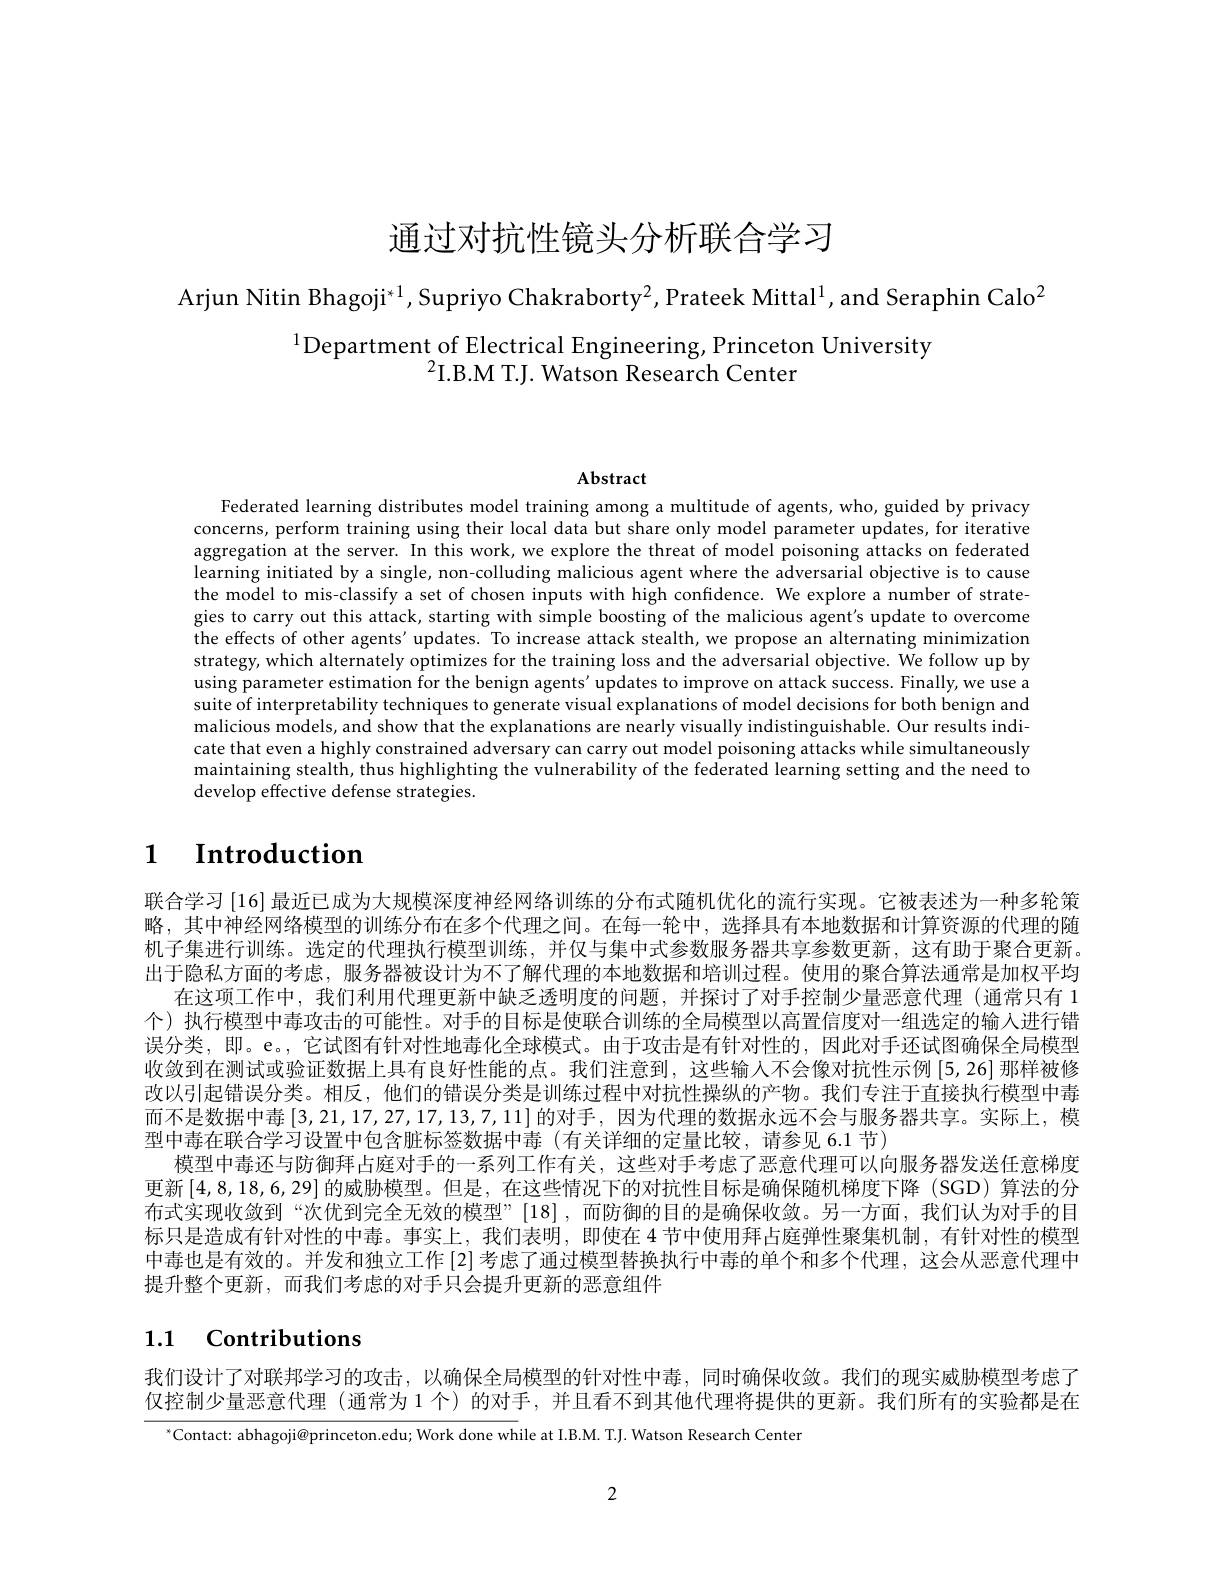
通过对抗性镜头分析联合学习

Arjun Nitin Bhagoji$^*1$,Supriyo Chakraborty$^2$,Prateek Mittal$^1$,and Seraphin Calo$^2$

# $^{1}$Department of Electrical Engineering, Princeton University $^{2}$I.B.M T.J. Watson Research Center

Abstract

Federated learning distributes model training among a multitude of agents, who, guided by privacy concerns, perform training using their local data but share only model parameter updates, for iterative aggregation at the server. In this work, we explore the threat of model poisoning attacks on federated learning initiated by a single, non-colluding malicious agent where the adversarial objective is to cause the model to mis-classify a set of chosen inputs with high confidence. We explore a number of strategies to carry out this attack, starting with simple boosting of the malicious agent's update to overcome the effects of other agents' updates. To increase attack stealth, we propose an alternating minimization strategy, which alternately optimizes for the training loss and the adversarial objective. We follow up by using parameter estimation for the benign agents'updates to improve on attack success. Finally, we use a suite of interpretability techniques to generate visual explanations of model decisions for both benign and malicious models, and show that the explanations are nearly visually indistinguishable. Our results indicate that even a highly constrained adversary can carry out model poisoning attacks while simultaneously maintaining stealth, thus highlighting the vulnerability of the federated learning setting and the need to develop effective defense strategies.

# 1 $\textbf{Introduction}$

联合学习 [16] 最近已成为大规模深度神经网络训练的分布式随机优化的流行实现。它被表述为一种多轮策略，其中神经网络模型的训练分布在多个代理之间。在每一轮中，选择具有本地数据和计算资源的代理的随机子集进行训练。选定的代理执行模型训练，并仅与集中式参数服务器共享参数更新，这有助于聚合更新。出于隐私方面的考虑，服务器被设计为不了解代理的本地数据和培训过程。使用的聚合算法通常是加权平均
在这项工作中，我们利用代理更新中缺乏透明度的问题，并探讨了对手控制少量恶意代理 (通常只有 1个) 执行模型中毒攻击的可能性。对手的目标是使联合训练的全局模型以高置信度对一组选定的输入进行错误分类，即。e。,它试图有针对性地毒化全球模式。由于攻击是有针对性的，因此对手还试图确保全局模型收敛到在测试或验证数据上具有良好性能的点。我们注意到，这些输人不会像对抗性示例[5,26]那样被修改以引起错误分类。相反，他们的错误分类是训练过程中对抗性操纵的产物。我们专注于直接执行模型中毒而不是数据中毒$\left[3,21,17,27,17,13,7,11\right]$的对手，因为代理的数据永远不会与服务器共享。实际上，模型中毒在联合学习设置中包含脏标签数据中毒(有关详细的定量比较，请参见 6.1 节)
模型中毒还与防御拜占庭对手的一系列工作有关，这些对手考虑了恶意代理可以向服务器发送任意梯度更新[4,8,18,6,29]的威胁模型。但是，在这些情况下的对抗性目标是确保随机梯度下降 (SGD) 算法的分布式实现收敛到“次优到完全无效的模型”[18],而防御的目的是确保收敛。另一方面，我们认为对手的目标只是造成有针对性的中毒。事实上，我们表明，即使在 4 节中使用拜占庭弹性聚集机制，有针对性的模型中毒也是有效的。并发和独立工作 [2]考虑了通过模型替换执行中毒的单个和多个代理，这会从恶意代理中提升整个更新，而我们考虑的对手只会提升更新的恶意组件

## 1.1 Contributions

我们设计了对联邦学习的攻击，以确保全局模型的针对性中毒，同时确保收敛。我们的现实威胁模型考虑了仅控制少量恶意代理 (通常为 1 个) 的对手，并且看不到其他代理将提供的更新。我们所有的实验都是在

$^{*}$Contact: abhagoji@princeton.edu; Work done while at I.B.M. T.J. Watson Research Center

2